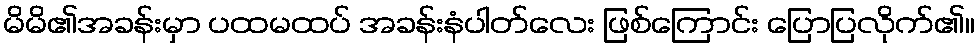
မိမိ၏အခန်းမှာ ပထမထပ် အခန်းနံပါတ်လေး ဖြစ်ကြောင်း ပြောပြလိုက်၏။